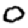
Digit: 0